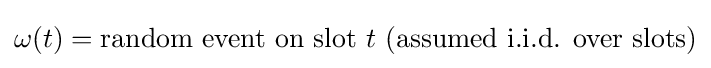
\omega (t)={\text{random event on slot }}t{\text{ (assumed i.i.d. over slots)}}